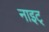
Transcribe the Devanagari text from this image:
नाइट्